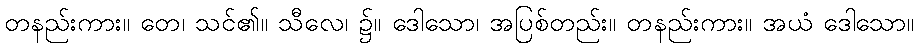
တနည်းကား။ တေ၊ သင်၏။ သီလေ၊ ၌။ ဒေါသော၊ အပြစ်တည်း။ တနည်းကား။ အယံ ဒေါသော။